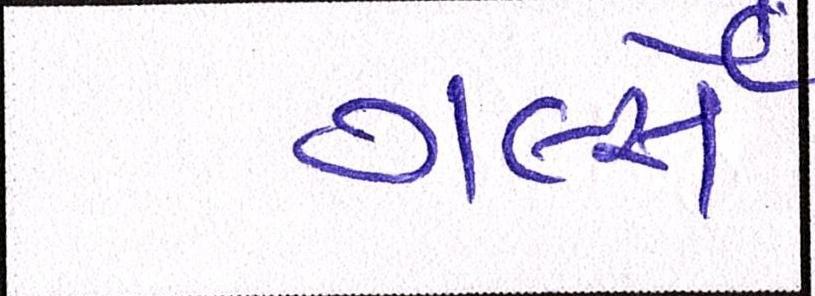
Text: ગર્લ્સે